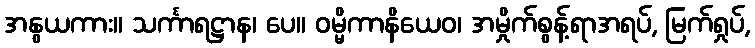
အနွယကား။ သင်္ကာရဋ္ဌာန၊ ပေ။ ဝမ္မိကာနိယေဝ၊ အမှိုက်စွန့်ရာအရပ်, မြက်ရှုပ်,